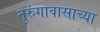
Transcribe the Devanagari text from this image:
तुरुंगावासाच्या